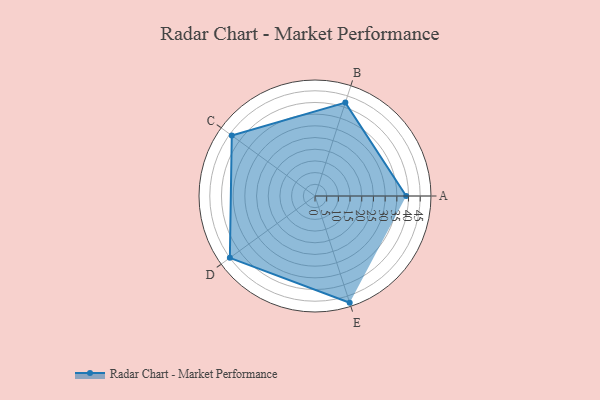
{"axis": {"x": "Skill", "y": "Score"}, "legend": ["Profile"], "data": [{"x": "A", "y": 39.0, "type": "Profile"}, {"x": "B", "y": 42.0, "type": "Profile"}, {"x": "C", "y": 44.0, "type": "Profile"}, {"x": "D", "y": 45.0, "type": "Profile"}, {"x": "E", "y": 48.0, "type": "Profile"}]}